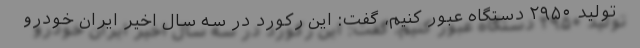
تولید ۲۹۵۰ دستگاه عبور کنیم، گفت: این رکورد در سه سال اخیر ایران خودرو